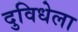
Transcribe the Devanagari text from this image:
दुविधेला